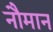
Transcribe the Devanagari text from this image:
नौमान